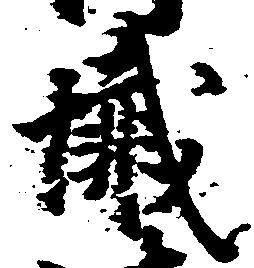
懺